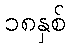
၁၈နှစ်